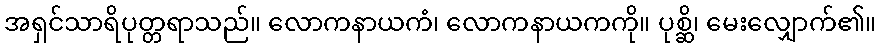
အရှင်သာရိပုတ္တရာသည်။ လောကနာယကံ၊ လောကနာယကကို။ ပုစ္ဆိ၊ မေးလျှောက်၏။